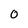
Character: 0